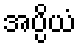
အပ္ပိယံ